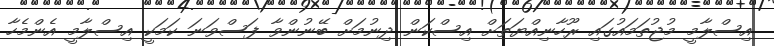
އިސްލާމީ މުޖުތަމައުގައި ރޫހާނިއްޔަތަށް އިސްކަން ދިނުމަށް ބޭނުންވާ ފަސްވަނަ ކަމަކީ އިސްލާމީ އެންމެހާ